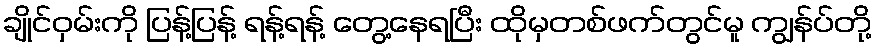
ချိုင်ဝှမ်းကို ပြန့်ပြန့် ရန့်ရန့် တွေ့နေရပြီး ထိုမှတစ်ဖက်တွင်မူ ကျွန်ပ်တို့